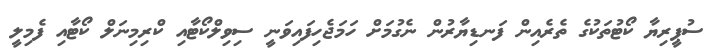
ސުޕީރިޔާ ކޯޓުތަކުގެ ތެރެއިން ފަނޑިޔާރުން ނެގުމަށް ހަމަޖެހިފައިވަނީ ސިވިލްކޯޓާއި ކްރިމިނަލް ކޯޓާއި ފެމިލީ